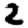
Digit: 2